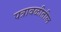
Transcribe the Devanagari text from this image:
पत्रावळीतील